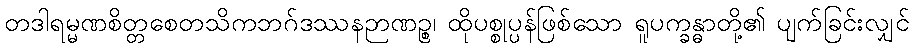
တဒါရမ္မဏစိတ္တစေတသိကဘဂ်ဒဿနဉာဏဉ္စ၊ ထိုပစ္စုပ္ပန်ဖြစ်သော ရူပက္ခန္ဓာတို့၏ ပျက်ခြင်းလျှင်